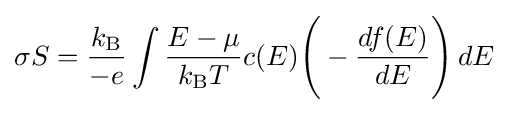
\sigma S={\frac {k_{\rm {B}}}{-e}}\int {\frac {E-\mu }{k_{\rm {B}}T}}c(E){\Bigg (}-{\frac {df(E)}{dE}}{\Bigg )}\,dE